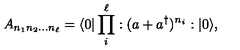
A _ { n _ { 1 } n _ { 2 } \dots n _ { \ell } } = \langle 0 | \prod _ { i } ^ { \ell } : ( a + a ^ { \dag } ) ^ { n _ { i } } : | 0 \rangle ,